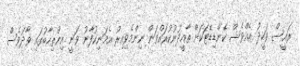
ރައީސް ވަހީދު އެއްވެސް ކެންޑިޑޭޓަކަށް ތާއީދުނުކުރައްވަން ނިންމެވިއިރު އެމަނިކުފާނު ވަނީ އިންތިހާބުގައި ވާދަވެސް